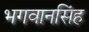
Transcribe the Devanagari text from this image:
भगवानसिंह